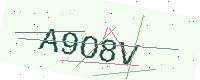
Text: A9O8V